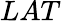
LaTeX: LAT